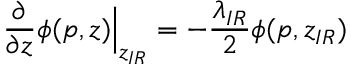
\frac { \partial } { \partial z } \phi ( p , z ) \Big | _ { z _ { I R } } = - \frac { \lambda _ { I R } } 2 \phi ( p , z _ { I R } )